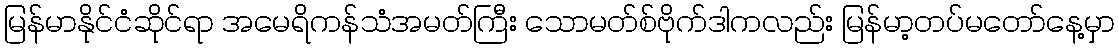
မြန်မာနိုင်ငံဆိုင်ရာ အမေရိကန်သံအမတ်ကြီး သောမတ်စ်ဗိုက်ဒါကလည်း မြန်မာ့တပ်မတော်နေ့မှာ